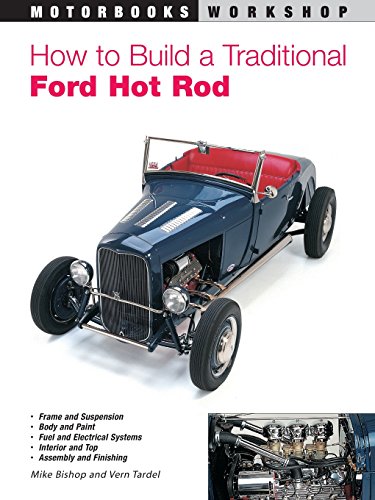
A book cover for How to Build a Traditional Ford Hot Rod (Motorbooks Workshop); Mike Bishop; Engineering & Transportation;